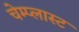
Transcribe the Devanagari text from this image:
चेम्प्लास्ट